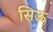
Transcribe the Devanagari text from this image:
सिऊ